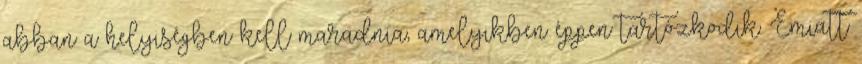
abban a helyiségben kell maradnia, amelyikben éppen tartózkodik. Emiatt